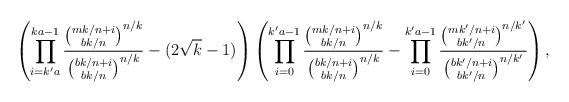
LaTeX: \begin{align*} \left( \prod_{i=k'a}^{ka-1} \frac{\binom{mk/n+i}{bk/n}^{n/k}}{\binom{bk/n+i}{bk/n}^{n/k}} - (2\sqrt{k}-1) \right ) \left(\prod_{i=0}^{k'a-1} \frac{\binom{mk/n+i}{bk/n}^{n/k}}{\binom{bk/n+i}{bk/n}^{n/k}} - \prod_{i=0}^{k'a-1} \frac{\binom{mk'/n+i}{bk'/n}^{n/k'}}{\binom{bk'/n+i}{bk'/n}^{n/k'}} \right ),\end{align*}